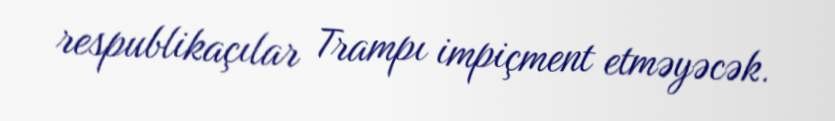
respublikaçılar Trampı impiçment etməyəcək.